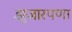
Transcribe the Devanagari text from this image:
झुंजारपणा